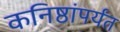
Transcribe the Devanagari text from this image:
कनिष्ठांपर्यंत